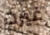
غيرت